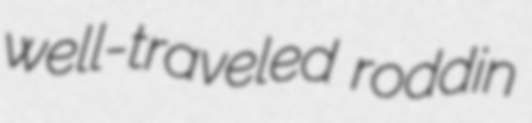
well-traveled roddin